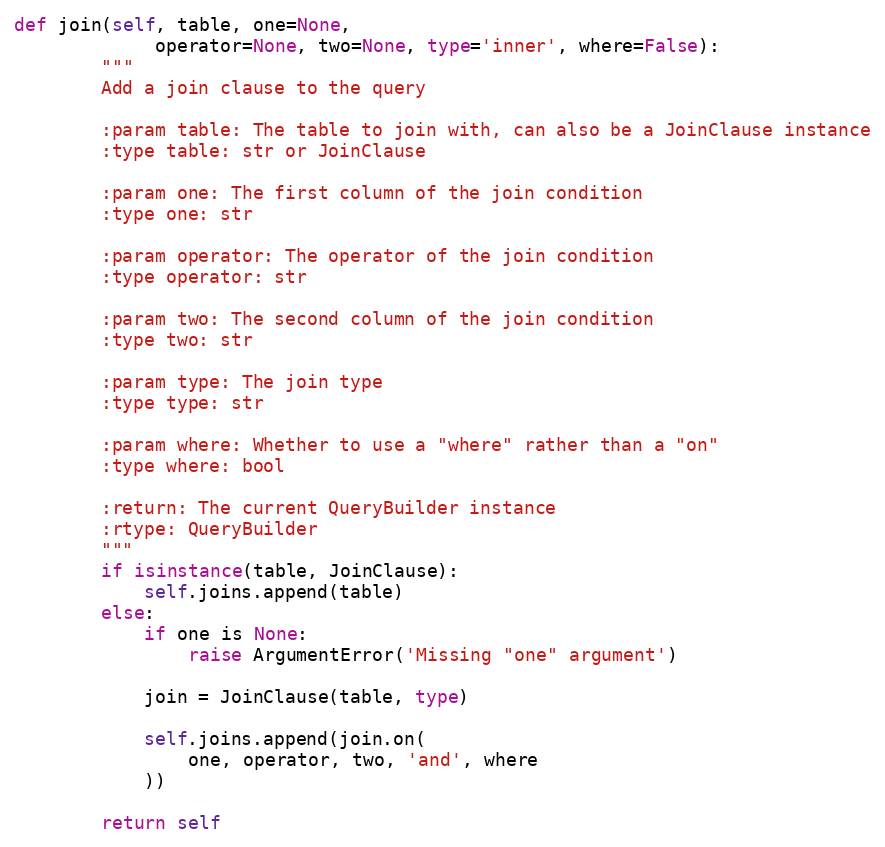
Language: Python
def join(self, table, one=None,
             operator=None, two=None, type='inner', where=False):
        """
        Add a join clause to the query

        :param table: The table to join with, can also be a JoinClause instance
        :type table: str or JoinClause

        :param one: The first column of the join condition
        :type one: str

        :param operator: The operator of the join condition
        :type operator: str

        :param two: The second column of the join condition
        :type two: str

        :param type: The join type
        :type type: str

        :param where: Whether to use a "where" rather than a "on"
        :type where: bool

        :return: The current QueryBuilder instance
        :rtype: QueryBuilder
        """
        if isinstance(table, JoinClause):
            self.joins.append(table)
        else:
            if one is None:
                raise ArgumentError('Missing "one" argument')

            join = JoinClause(table, type)

            self.joins.append(join.on(
                one, operator, two, 'and', where
            ))

        return self